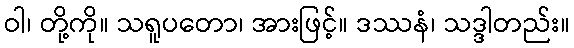
ဝါ၊ တို့ကို။ သရူပတော၊ အားဖြင့်။ ဒဿနံ၊ သဒ္ဒါတည်း။